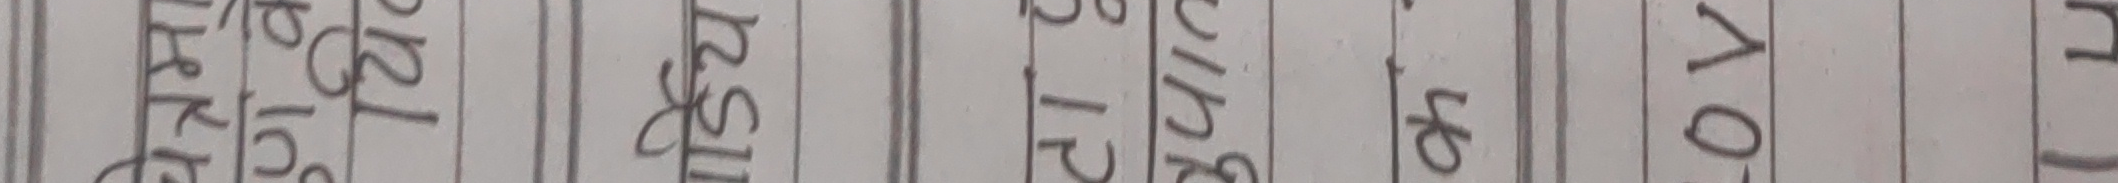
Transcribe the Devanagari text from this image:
१२।
१३।
१४।
१५।
१०।
११।